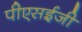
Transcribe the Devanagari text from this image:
पीएसईजी